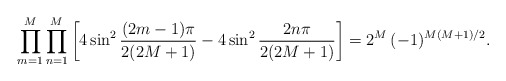
\begin{align*}\prod_{m=1}^M\prod_{n=1}^M\left[4 \sin^2\frac{ (2m-1)\pi}{2(2M+1)}- 4 \sin^2\frac{2 n \pi}{2(2M+1)}\right]=2^M\,(-1)^{M(M+1)/2}.\end{align*}